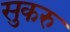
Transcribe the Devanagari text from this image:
सुकरु